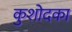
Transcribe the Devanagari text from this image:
कुशोदका